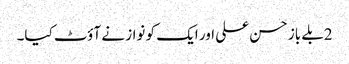
2بلے باز حسن علی اور ایک کو نواز نے آؤٹ کیا۔